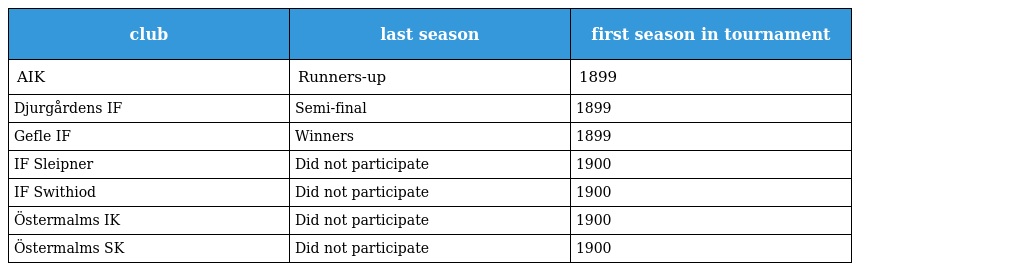
| club | last season | first season in tournament |
 | --- | --- | --- |
 | AIK | Runners-up | 1899 |
 | Djurgårdens IF | Semi-final | 1899 |
 | Gefle IF | Winners | 1899 |
 | IF Sleipner | Did not participate | 1900 |
 | IF Swithiod | Did not participate | 1900 |
 | Östermalms IK | Did not participate | 1900 |
 | Östermalms SK | Did not participate | 1900 |